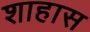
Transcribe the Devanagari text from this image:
शाहास